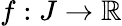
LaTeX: f:J\to\mathbb R